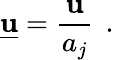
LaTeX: \underline{{\textbf{u}}}=\frac{\textbf{u}}{a_{j}}\, \mathrm{~.~}